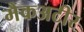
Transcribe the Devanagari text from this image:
मैकअटीर